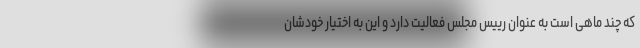
که چند ماهی است به عنوان رییس مجلس فعالیت دارد و این به اختیار خودشان